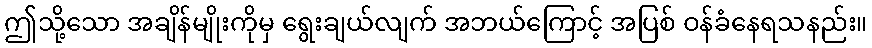
ဤသို့သော အချိန်မျိုးကိုမှ ရွေးချယ်လျက် အဘယ်ကြောင့် အပြစ် ဝန်ခံနေရသနည်း။